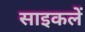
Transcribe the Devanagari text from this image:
साइकलें